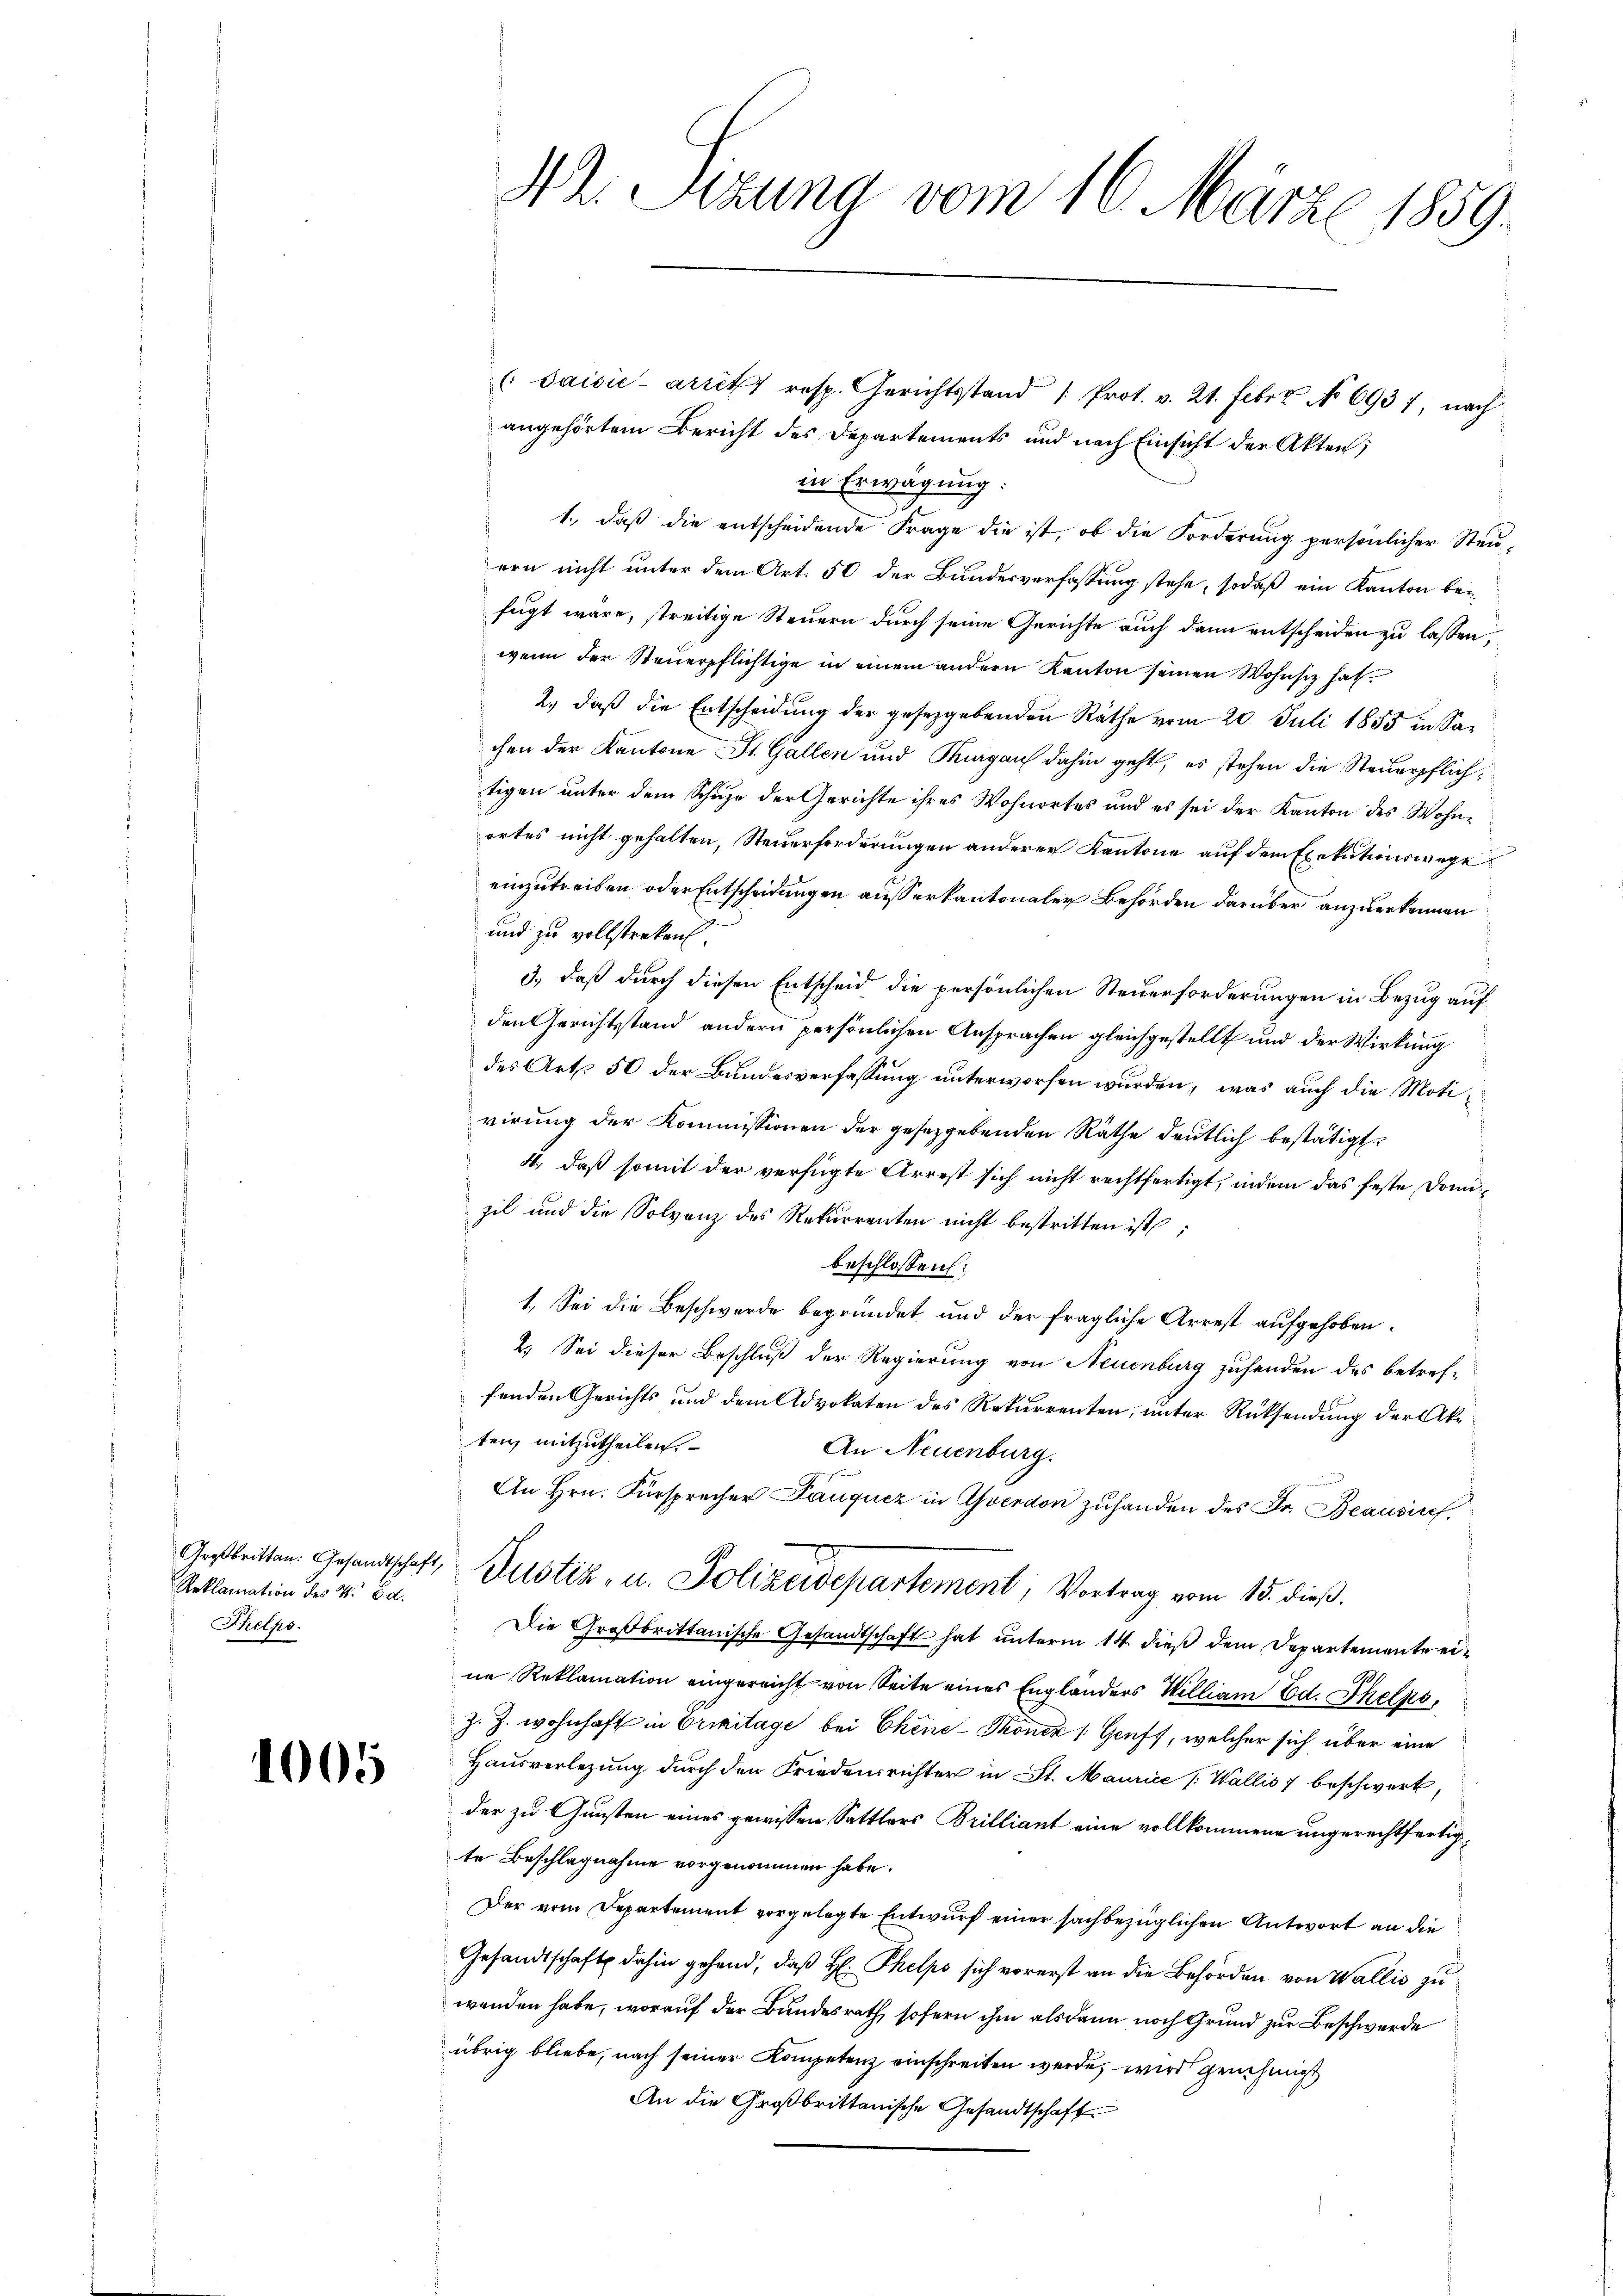
Reklamation des N. Ed.
Thelpo

1005

42. Sizung vom 16. März 1859.

(Saisić-arrett resp. Gerichtsstand (Prot. v. 21. Febr. No 693 1, nach
angehörtem Bericht des Departements und nach Einsicht der Akten,
in Erwägung:
1., daß die entscheidende Frage die ist, ob die Forderung persönlicher Steuern nicht unter dem Art. 50 der Bundesverfassung stehe, sodaß ein Kanton beifügt wäre, streitige Steuern durch seine Gerichte auch dann entscheiden zu lassen,
wenn der Steuerpflichtige in einem andern Kanton seinen Wohnsiz hat.
2., daß die Entscheidung der gesetzgebenden Räthe vom 20. Juli 1855 in Sachen der Kantone St. Gallen und Thurgau dahin geht, es stehen die Steuerpflichtigen unter dem Schuze der Gerichte ihres Wohnortes und es sei der Kanton des Wohnortes nicht gehalten, Steuerforderungen anderer Kantone auf dem Exekutionswege
einzutreiben oder Entscheidungen ausserkantonaler Behörden darüber anzuerkennen
und zu vollstreken.
3., daß durch diesen Entscheid die persönlichen Steuerforderungen in Bezug auf
den Gerichtsstand andern persönlichen Ansprachen gleichgestellt und der Wirkung
des Art. 50 der Bundesverfassung unterworfen wurden, was auch die Moti
virung der Kommissionen der gesetzgebenden Räthe deutlich bestätigt
4., daß somit der verfügte Arrest sich nicht rechtfertigt, indem das feste Domizil und die Solvanz des Rekurrenten nicht bestritten ist;
beschlossen:
1. Sei die Beschwerde begründet und der fragliche Arrest aufgehoben.
2. Sei dieser Beschluß der Regierung von Neuenburg zuhanden des betreffenden Gerichts und dem Advokaten des Rekurrenten, unter Rücksendung der Akter mitzutheilen.
An Neuenburg.
An Hrn. Fürsprecher Pauqucz in Averdon zuhanden des Fr. Beausiref.
Gestritten. Gesandtschaft, Justiz- u. Polizeidepartement, Vortrag vom 15. dieβ.
Die Großbrittanische Gesandtschaft hat unterm 14. dieß dem Departemente eine Reklamation eingereicht von Seite eines Engländers William Ed. Thelks,
Z. Z. wohnhaft in Erinitage bei Chine-Thoncz (Genf, welcher sich über eine
Hausverlegung durch den Friedensrichter in St. Maurice [Wallis 7 beschwerk,
der zu Gunsten eines gewissen Sattlers Brilliant eine vollkommene ungerechtfertigte Beschlagnahme vorgenommen habe.
Der vom Departement vorgelegte Entwurf einer sachbezüglichen Antwort an die
Gesandtschaft dahin gehend, daß H: Phelpo sich vorerst an die Behörden von Wallis zu
wenden habe, worauf der Bundesrath sofern ihm als dann noch Grund zur Beschwerde
übrig bliebe, nach seiner Kompetenz einschreiten werde, wird genehmigt
An die Großbrittanische Gesandtschaft